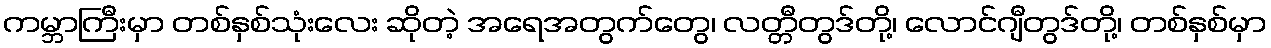
ကမ္ဘာကြီးမှာ တစ်နှစ်သုံးလေး ဆိုတဲ့ အရေအတွက်တွေ၊ လတ္တီတွဒ်တို့၊ လောင်ဂျီတွဒ်တို့၊ တစ်နှစ်မှာ